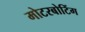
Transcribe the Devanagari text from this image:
मोटरबोटिंग